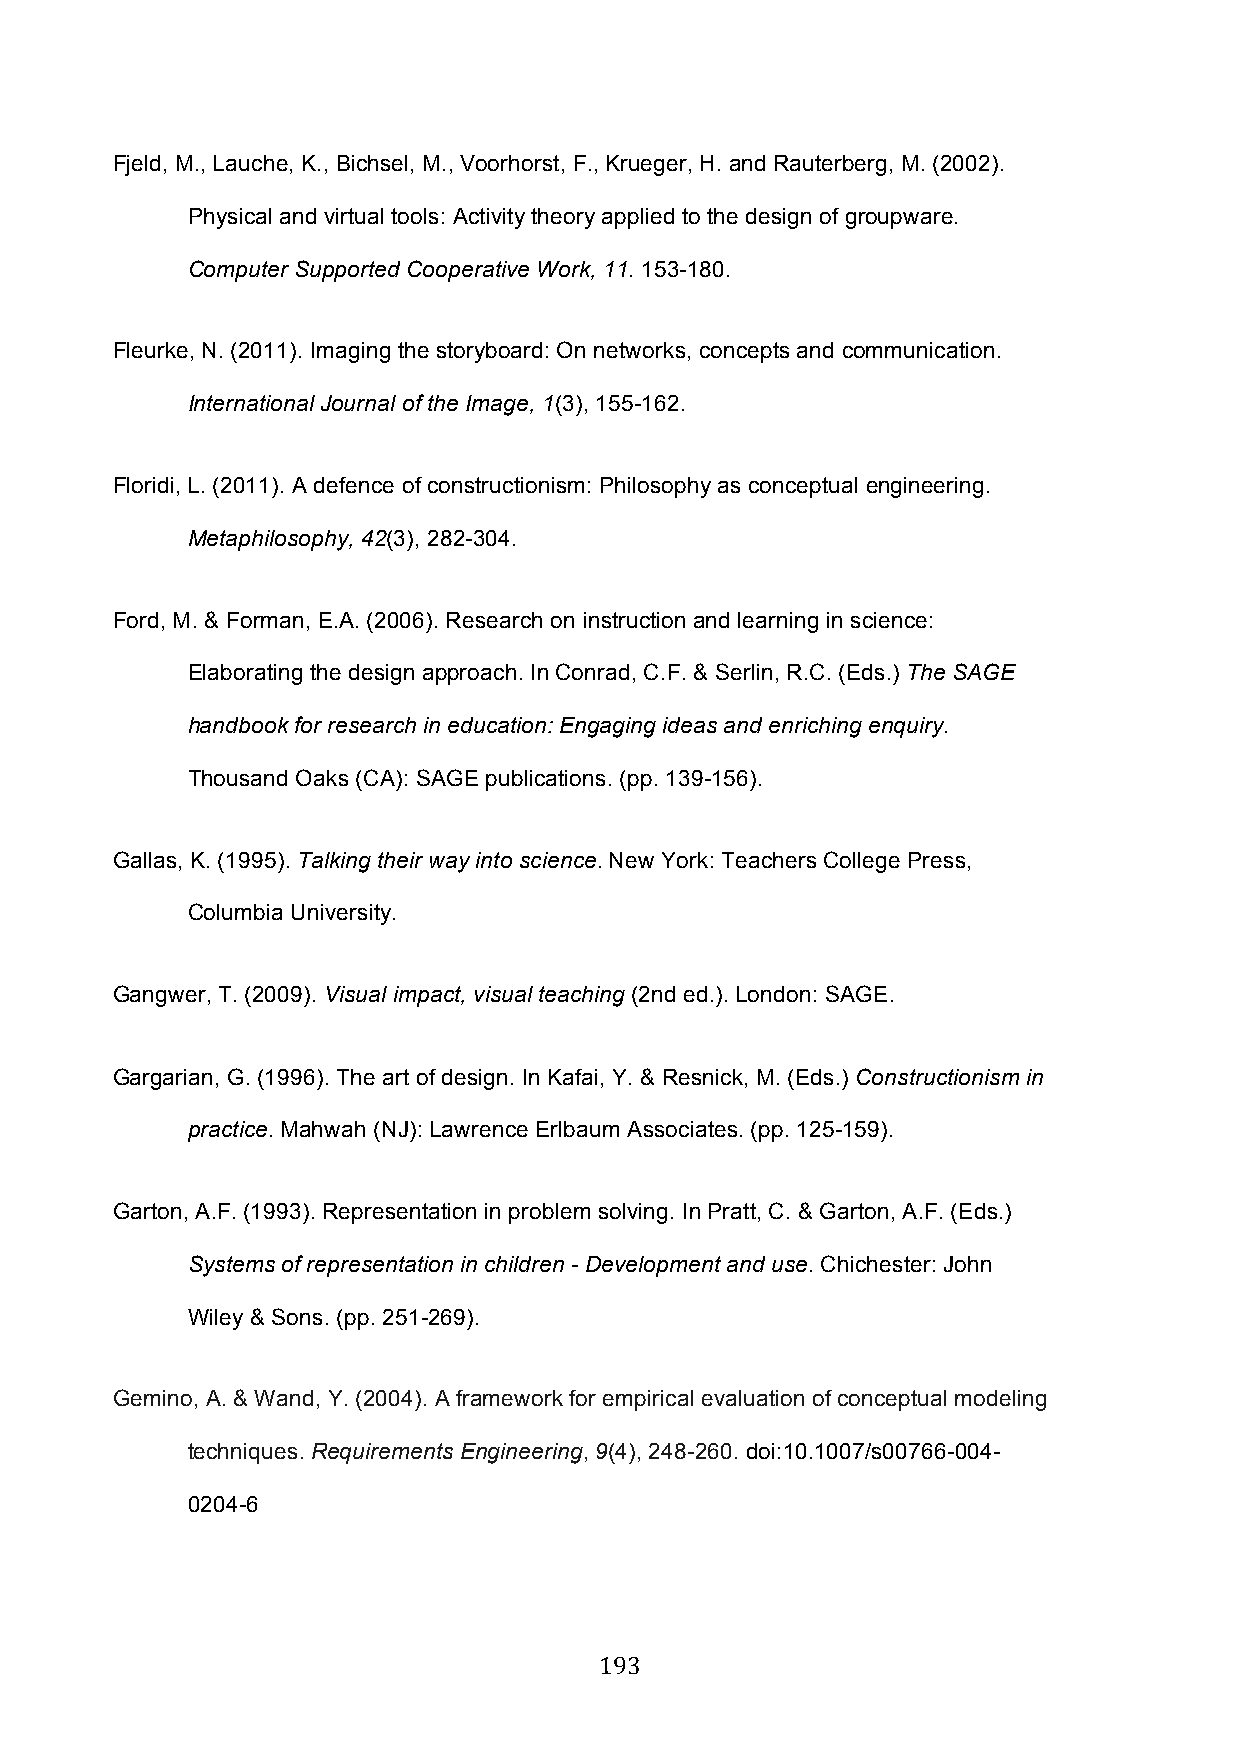
Fjeld, M., Lauche, K., Bichsel, M., Voorhorst, F., Krueger, H. and Rauterberg, M. (2002).
 Physical and virtual tools: Activity theory applied to the design of groupware.
 Computer Supported Cooperative Work, 11. 153-180.
 Fleurke, N. (2011). Imaging the storyboard: On networks, concepts and communication.
 International Journal of the Image, 1(3), 155-162.
 Floridi, L. (2011). A defence of constructionism: Philosophy as conceptual engineering.
 Metaphilosophy, 42(3), 282-304.
 Ford, M. & Forman, E.A. (2006). Research on instruction and learning in science:
 Elaborating the design approach. In Conrad, C.F. & Serlin, R.C. (Eds.) The SAGE
 handbook for research in education: Engaging ideas and enriching enquiry.
 Thousand Oaks (CA): SAGE publications. (pp. 139-156).
 Gallas, K. (1995). Talking their way into science. New York: Teachers College Press,
 Columbia University.
 Gangwer, T. (2009). Visual impact, visual teaching (2nd ed.). London: SAGE.
 Gargarian, G. (1996). The art of design. In Kafai, Y. & Resnick, M. (Eds.) Constructionism in
 practice. Mahwah (NJ): Lawrence Erlbaum Associates. (pp. 125-159).
 Garton, A.F. (1993). Representation in problem solving. In Pratt, C. & Garton, A.F. (Eds.)
 Systems of representation in children - Development and use. Chichester: John
 Wiley & Sons. (pp. 251-269).
 Gemino, A. & Wand, Y. (2004). A framework for empirical evaluation of conceptual modeling
 techniques. Requirements Engineering, 9(4), 248-260. doi:10.1007/s00766-004-
 0204-6
 193